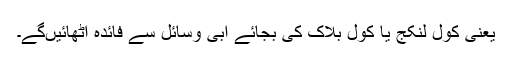
یعنی کول لِنکج یا کول بلاک کی بجائے آبی وسائل سے فائدہ اٹھائیںگے۔